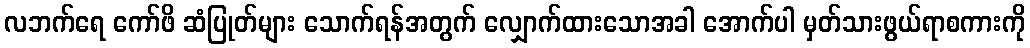
လဘက်ရေ ကော်ဖိ ဆံပြုတ်များ သောက်ရန်အတွက် လျှောက်ထားသောအခါ အောက်ပါ မှတ်သားဖွယ်ရာစကားကို